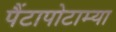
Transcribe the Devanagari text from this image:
पैंटापोटाम्या